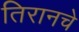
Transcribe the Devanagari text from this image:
तिरानचे